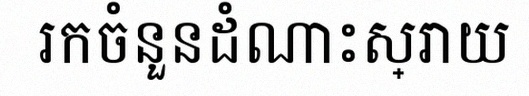
រកចំនួនដំណោះស្រាយ